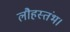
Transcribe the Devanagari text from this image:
लौहस्तंभ।